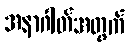
အနာဂါတ်အတွက်